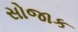
સોજાક